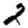
Digit: 2